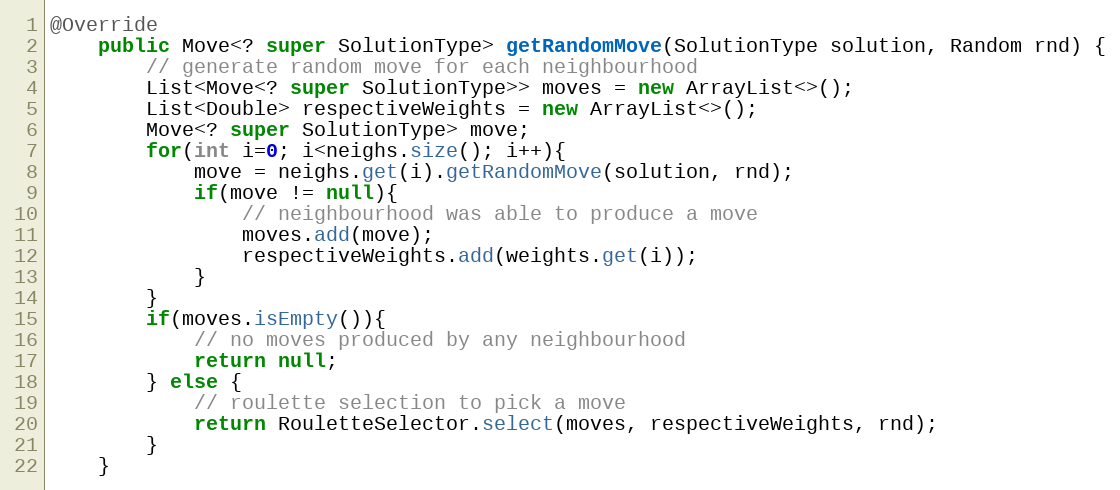
Language: Java
@Override
    public Move<? super SolutionType> getRandomMove(SolutionType solution, Random rnd) {
        // generate random move for each neighbourhood
        List<Move<? super SolutionType>> moves = new ArrayList<>();
        List<Double> respectiveWeights = new ArrayList<>();
        Move<? super SolutionType> move;
        for(int i=0; i<neighs.size(); i++){
            move = neighs.get(i).getRandomMove(solution, rnd);
            if(move != null){
                // neighbourhood was able to produce a move
                moves.add(move);
                respectiveWeights.add(weights.get(i));
            }
        }
        if(moves.isEmpty()){
            // no moves produced by any neighbourhood
            return null;
        } else {
            // roulette selection to pick a move
            return RouletteSelector.select(moves, respectiveWeights, rnd);
        }
    }